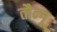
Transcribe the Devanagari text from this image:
तौन्गू